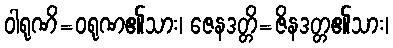
ဝါရုဏိ=ဝရုဏ၏သား၊ ဇေနဒတ္တိ=ဇိနဒတ္တ၏သား၊